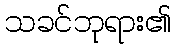
သခင်ဘုရား၏